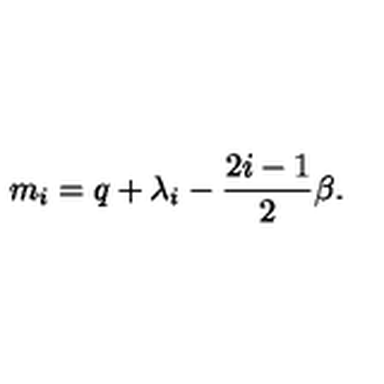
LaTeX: m _ { i } = q + \lambda _ { i } - { \frac { 2 i - 1 } { 2 } } \beta .